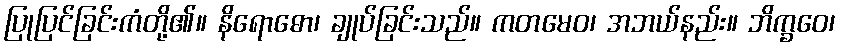
ပြုပြင်ခြင်းကံတို့၏။ နိရောဓော၊ ချုပ်ခြင်းသည်။ ကတမေဝ၊ အဘယ်နည်း။ ဘိက္ခဝေ၊